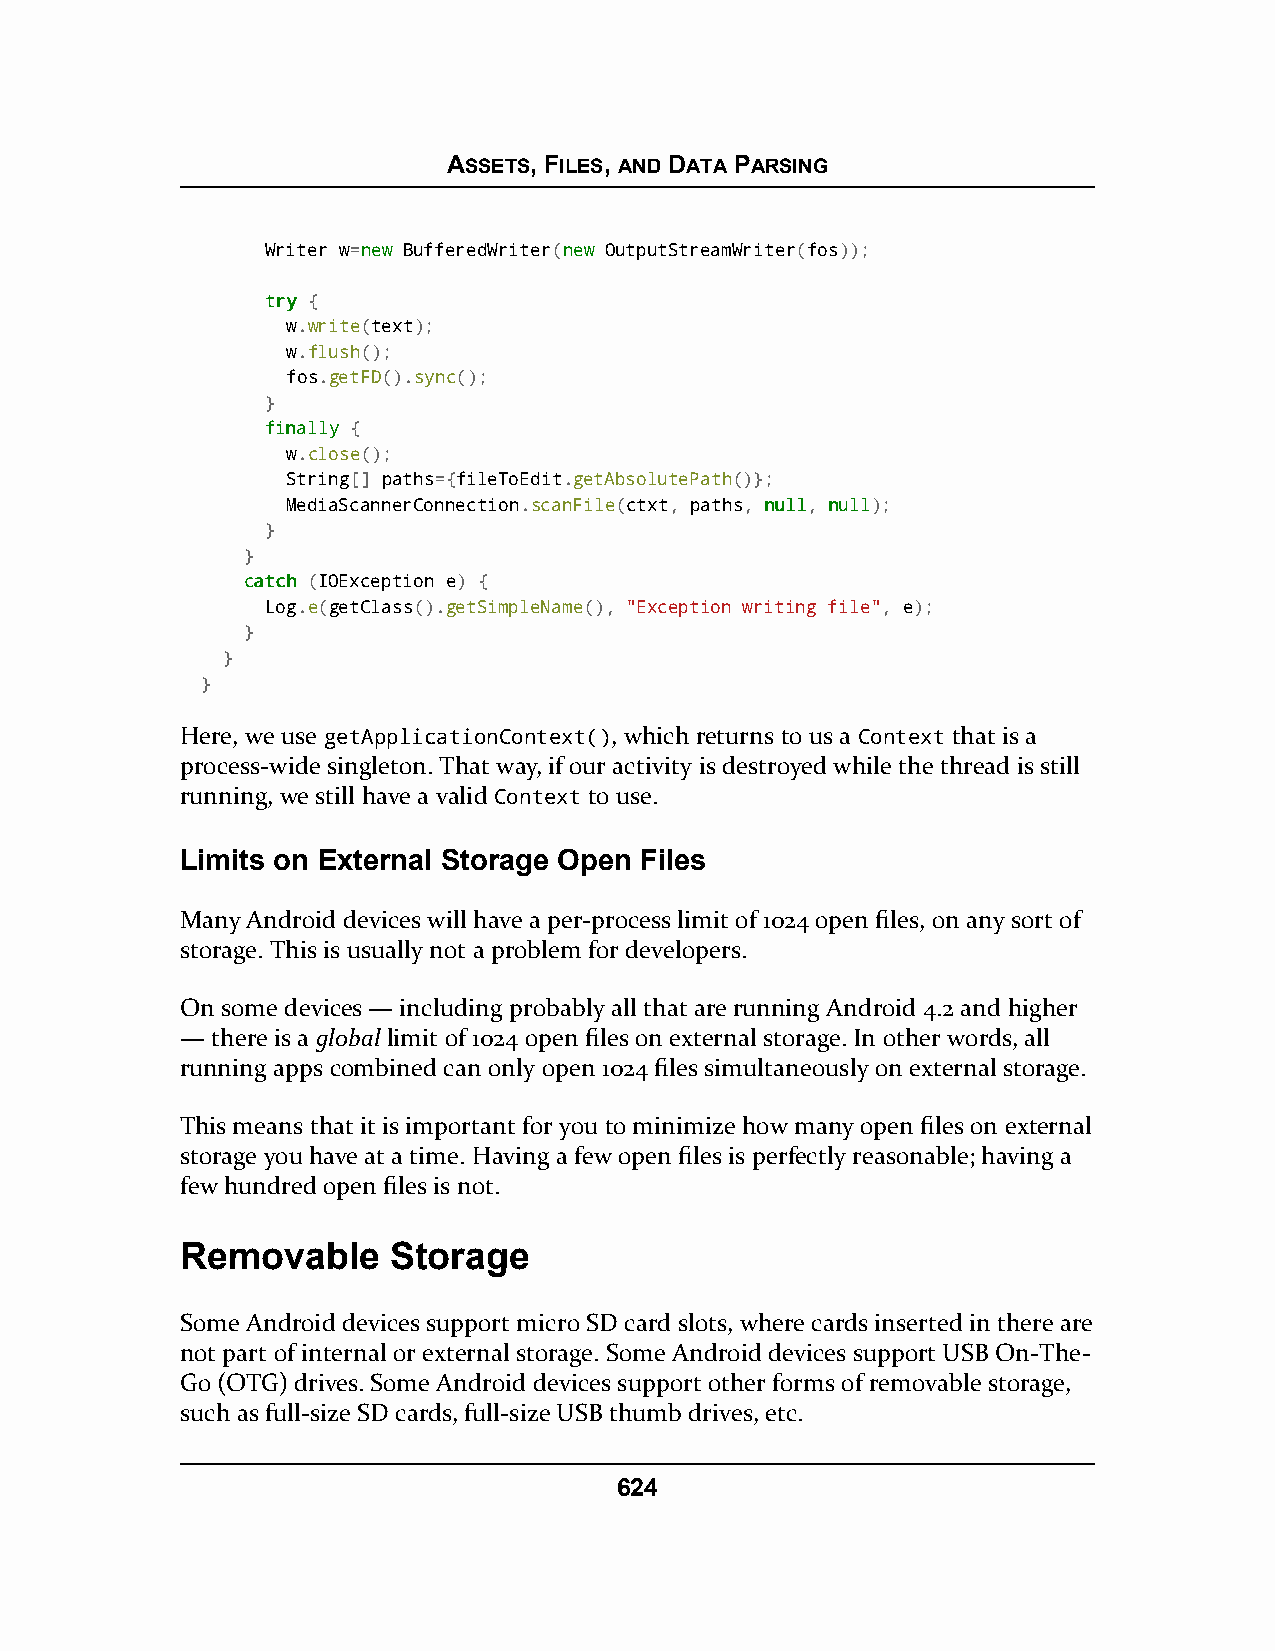
ASSETS, FILES, AND DATA PARSING
 Writer w=nneeww BufferedWriter(nneeww OutputStreamWriter(fos));
 ttrryy {
 w.write(text);
 w.flush();
 fos.getFD().sync();
 }
 ffiinnaallllyy {
 w.close();
 String[] paths={fileToEdit.getAbsolutePath()};
 MediaScannerConnection.scanFile(ctxt, paths, nnuullll, nnuullll);
 }
 }
 ccaattcchh (IOException e) {
 Log.e(getClass().getSimpleName(), "Exception writing file", e);
 }
 }
 }
 Here, we use getApplicationContext(), which returns to us a Context that is a
 process-wide singleton. That way, if our activity is destroyed while the thread is still
 running, we still have a valid Context to use.
 Limits on External Storage Open Files
 Many Android devices will have a per-process limit of 1024 open files, on any sort of
 storage. This is usually not a problem for developers.
 On some devices — including probably all that are running Android 4.2 and higher
 — there is a global limit of 1024 open files on external storage. In other words, all
 running apps combined can only open 1024 files simultaneously on external storage.
 This means that it is important for you to minimize how many open files on external
 storage you have at a time. Having a few open files is perfectly reasonable; having a
 few hundred open files is not.
 Removable     Storage
 Some Android devices support micro SD card slots, where cards inserted in there are
 not part of internal or external storage. Some Android devices support USB On-The-
 Go (OTG) drives. Some Android devices support other forms of removable storage,
 such as full-size SD cards, full-size USB thumb drives, etc.
 624